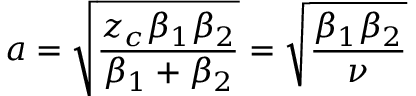
a = \sqrt { \frac { z _ { c } \beta _ { 1 } \beta _ { 2 } } { \beta _ { 1 } + \beta _ { 2 } } } = \sqrt { \frac { \beta _ { 1 } \beta _ { 2 } } { \nu } }